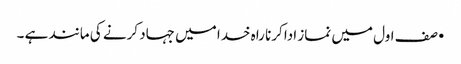
•صف اول میں نماز ادا کرنا راہ خدا میں جہاد کرنے کی مانند ہے ۔